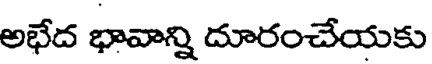
అభేద భావాన్ని దూరంచేయకు